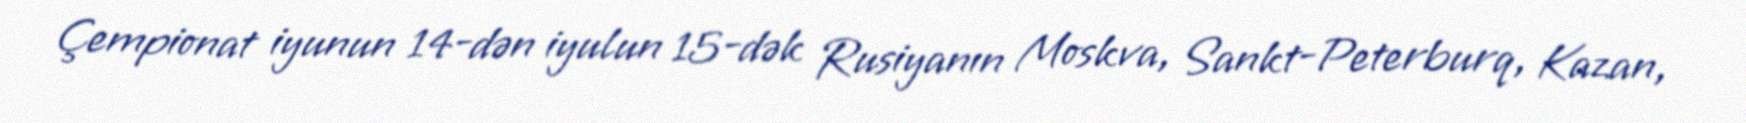
Çempionat iyunun 14-dən iyulun 15-dək Rusiyanın Moskva, Sankt-Peterburq, Kazan,